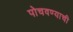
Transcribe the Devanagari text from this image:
पोचवण्‍याची